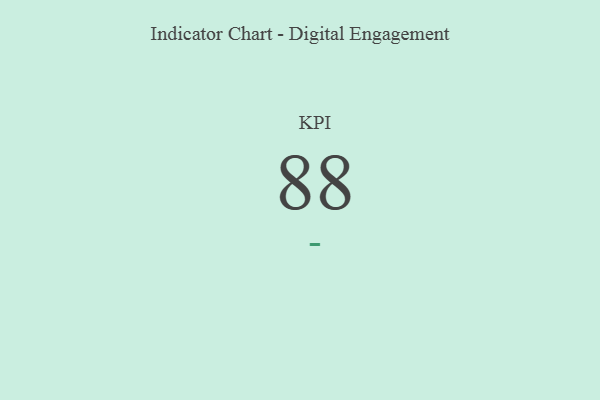
{"axis": {"x": "KPI", "y": "Value"}, "legend": [""], "data": [{"x": "KPI", "y": 88, "type": ""}]}